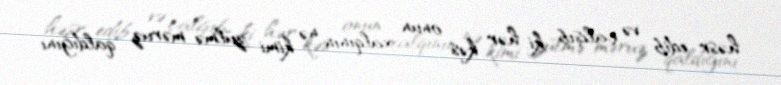
həsr edib və çalışıb ki, hər kəs onun xalqının nə kimi zülmə məruz qaldığını